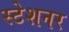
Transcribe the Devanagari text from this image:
स्टेशनर